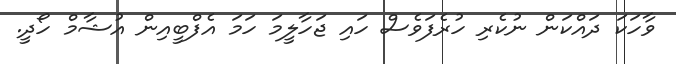
ވާހަކަ ދައްކަން ނުކެރި ހުރެފަވެސް ހައި ޖަހާލީމަ ހަމަ އެފްބީއިން އުޝާމް ހޯދީ.